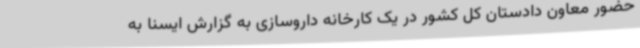
حضور معاون دادستان کل کشور در یک کارخانه داروسازی به گزارش ایسنا به